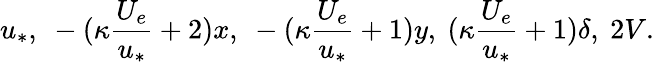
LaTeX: u_{*},\ -(\kappa\frac{U_{e}}{u_{*}}+2)x,\ -(\kappa\frac{U_{e}}{u_{*}}+1)y,\ (\kappa\frac{U_{e}}{u_{*}}+1)\delta,\ 2V.